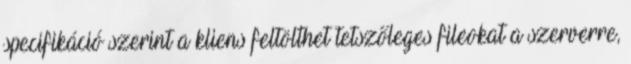
specifikáció szerint a kliens feltölthet tetszőleges fileokat a szerverre,